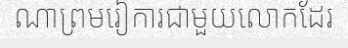
ណាព្រមរៀការជាមួយលោកដែរ